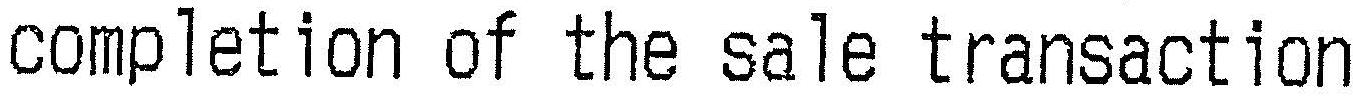
COMPLETION OF THE SALE TRANSACTION